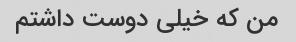
من که خیلی دوست داشتم